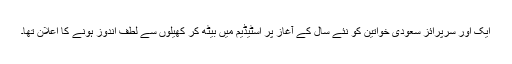
ایک اور سرپرائز سعودی خواتین کو نئے سال کے آغاز پر اسٹیڈیم میں بیٹھ کر کھیلوں سے لطف اندوز ہونے کا اعلان تھا۔